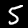
Digit: 5